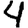
Digit: 4